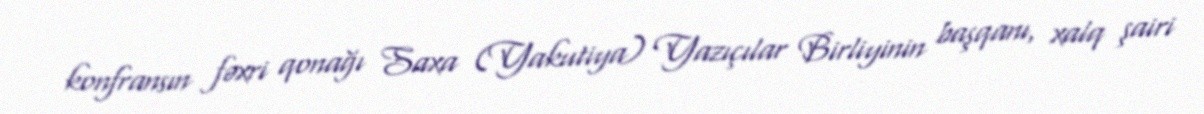
konfransın fəxri qonağı Saxa (Yakutiya) Yazıçılar Birliyinin başqanı, xalq şairi